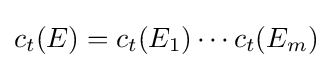
c_{t}(E)=c_{t}(E_{1})\cdots c_{t}(E_{m})